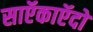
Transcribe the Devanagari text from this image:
साऍकाऍदो